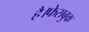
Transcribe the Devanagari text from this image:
है।फेसबुक